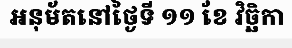
អនុម័តនៅថ្ងៃទី ១១ ខែ វិច្ឆិកា